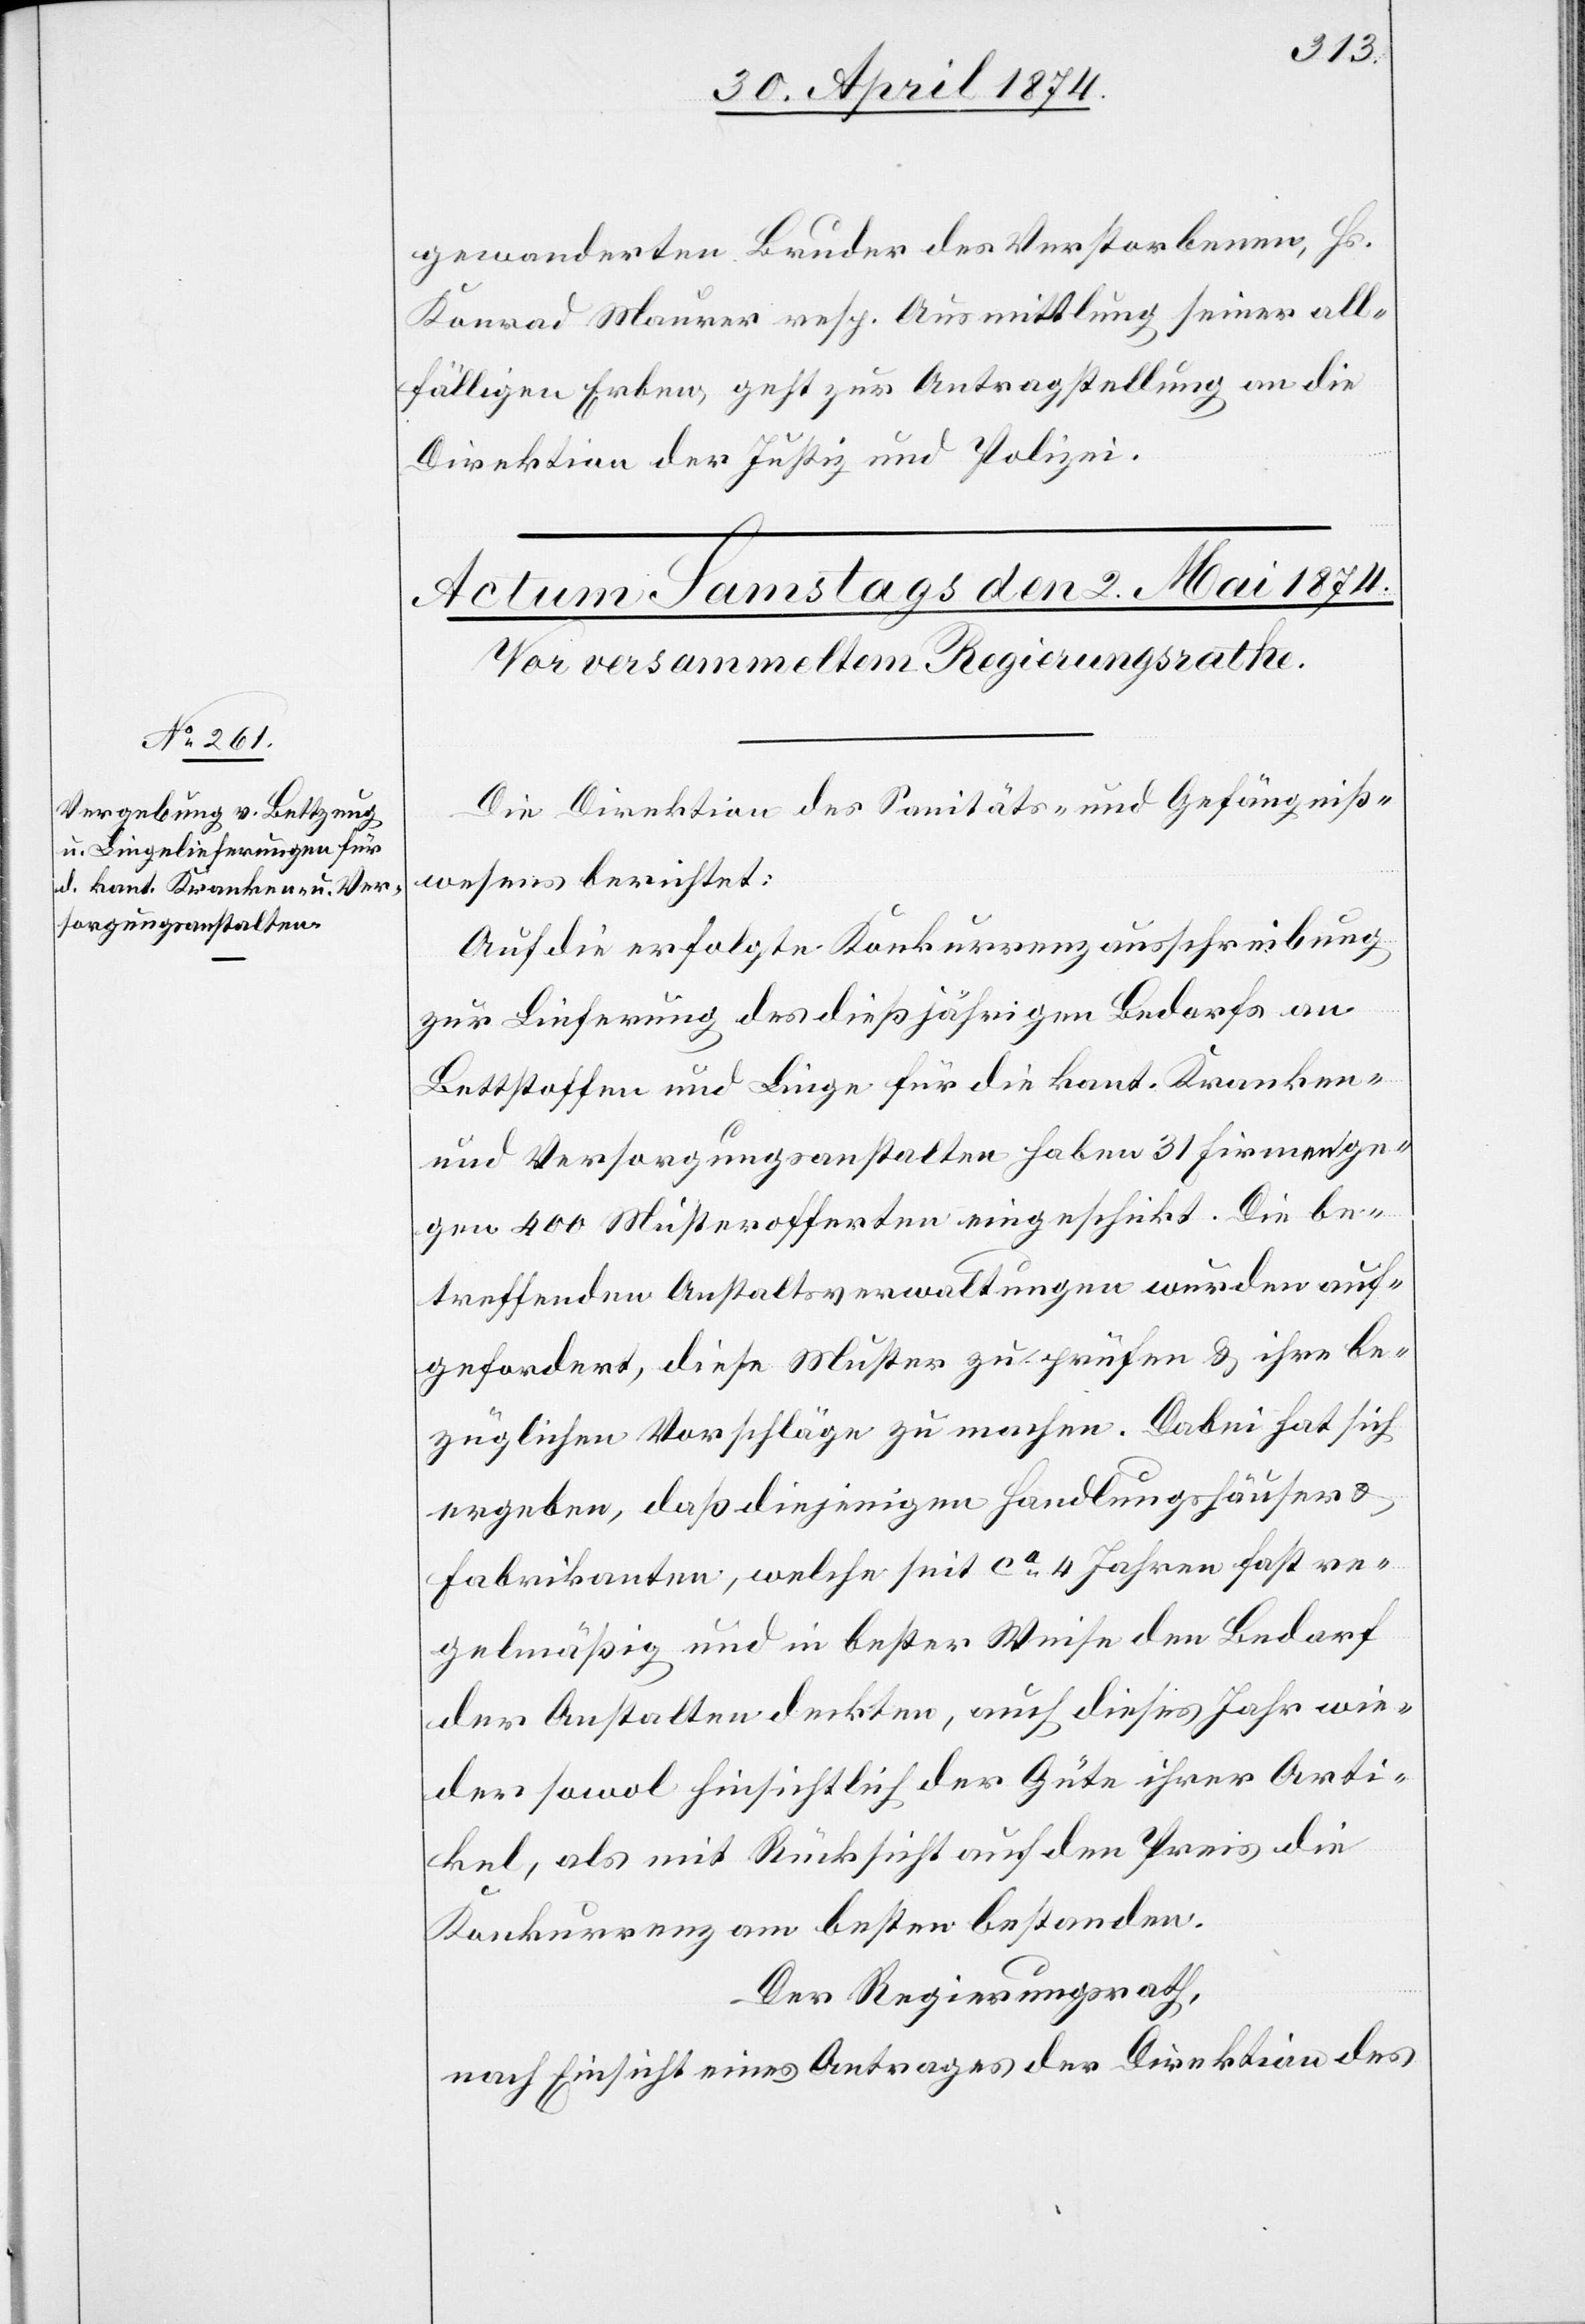
gewanderten Bruder des Verstorbenen, Hs.
Konrad [sic!] Maurer resp. Ausmittlung seiner all¬
fälligen Erben, geht zur Antragstellung an die
Direktion der Justiz und Polizei.
Die Direktion des Sanitäts- und Gefängniß¬
wesens berichtet:
Auf die erfolgte Konkurrenzausschreibung
zur Lieferung des dießjährigen Bedarfes an
Bettstoffen und Liege für die Kant. Kranken-
und Versorgungsanstalten haben 31. Firmen ge¬
gen 400 Musterofferten eingeschickt. Die be¬
treffenden Anstaltsverwaltungen wurden auf¬
gefordert, diese Muster zu prüfen u. ihre be¬
züglichen Vorschläge zu machen. Dabei hat sich
ergeben, daß diejenigen Handlungshäuser u.
Fabrikanten, welche seit ca 4 Jahren fast re¬
gelmäßig und in bester Weise den Bedarf
der Anstalten deckten, auch dieses Jahr wie¬
der sowol hinsichtlich der Güte ihrer Arti¬
kel, als mit Rücksicht auf den Preis die
Konkurrenz am besten bestanden.
Der Regierungsrath,
nach Einsicht eines Antrages der Direktion des